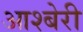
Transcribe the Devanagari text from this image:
आश्बेरी